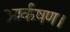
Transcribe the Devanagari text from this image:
आर्कषण।